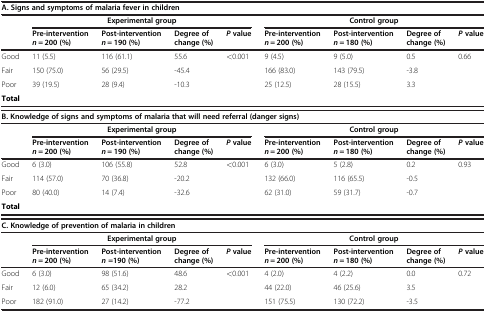
<table><thead><tr><td colspan="9"><b>A. Signs and symptoms of malaria fever in children</b></td></tr><tr><td rowspan="2"><b> </b></td><td colspan="4"><b>Experimental group</b></td><td colspan="4"><b>Control group</b></td></tr><tr><td><b>Pre-intervention<i>n</i> = 200 (%)</b></td><td><b>Post-intervention<i>n</i> = 190 (%)</b></td><td><b>Degree of change (%)</b></td><td><b><i>P</i>value</b></td><td><b>Pre-intervention<i>n</i> = 200 (%)</b></td><td><b>Post-intervention<i>n</i> = 180 (%)</b></td><td><b>Degree of change (%)</b></td><td><b><i>P</i>value</b></td></tr></thead><tbody><tr><td>Good</td><td>11 (5.5)</td><td>116 (61.1)</td><td>55.6</td><td>&lt;0.001</td><td>9 (4.5)</td><td>9 (5.0)</td><td>0.5</td><td>0.66</td></tr><tr><td>Fair</td><td>150 (75.0)</td><td>56 (29.5)</td><td>-45.4</td><td> </td><td>166 (83.0)</td><td>143 (79.5)</td><td>-3.8</td><td> </td></tr><tr><td>Poor</td><td>39 (19.5)</td><td>28 (9.4)</td><td>-10.3</td><td> </td><td>25 (12.5)</td><td>28 (15.5)</td><td>3.3</td><td> </td></tr><tr><td colspan="7"><b>Total</b></td><td> </td><td> </td></tr><tr><td colspan="9"><b>B. Knowledge of signs and symptoms of malaria that will need referral (danger signs)</b></td></tr><tr><td rowspan="2"> </td><td colspan="4"><b>Experimental group</b></td><td colspan="4"><b>Control group</b></td></tr><tr><td><b>Pre-intervention</b><b><i>n</i></b> <b>= 200 (%)</b></td><td><b>Post-intervention</b><b><i>n</i></b> <b>= 190 (%)</b></td><td><b>Degree of change (%)</b></td><td><b><i>P</i></b><b>value</b></td><td><b>Pre-intervention</b><b><i>n</i></b> <b>= 200 (%)</b></td><td><b>Post-intervention</b><b><i>n</i></b> <b>= 180 (%)</b></td><td><b>Degree of change (%)</b></td><td><b><i>P</i></b><b>value</b></td></tr><tr><td>Good</td><td>6 (3.0)</td><td>106 (55.8)</td><td>52.8</td><td>&lt;0.001</td><td>6 (3.0)</td><td>5 (2.8)</td><td>0.2</td><td>0.93</td></tr><tr><td>Fair</td><td>114 (57.0)</td><td>70 (36.8)</td><td>-20.2</td><td> </td><td>132 (66.0)</td><td>116 (65.5)</td><td>-0.5</td><td> </td></tr><tr><td>Poor</td><td>80 (40.0)</td><td>14 (7.4)</td><td>-32.6</td><td> </td><td>62 (31.0)</td><td>59 (31.7)</td><td>-0.7</td><td> </td></tr><tr><td colspan="7"><b>Total</b></td><td> </td><td> </td></tr><tr><td colspan="9"><b>C. Knowledge of prevention of malaria in children</b></td></tr><tr><td rowspan="2"> </td><td colspan="4"><b>Experimental group</b></td><td colspan="4"><b>Control group</b></td></tr><tr><td><b>Pre-intervention</b><b><i>n</i></b> <b>= 200 (%)</b></td><td><b>Post-intervention</b><b><i>n</i></b><b>=190 (%)</b></td><td><b>Degree of change (%)</b></td><td><b><i>P</i></b><b>value</b></td><td><b>Pre-intervention</b><b><i>n</i></b> <b>= 200 (%)</b></td><td><b>Post-intervention</b><b><i>n</i></b> <b>= 180 (%)</b></td><td><b>Degree of change (%)</b></td><td><b><i>P</i></b><b>value</b></td></tr><tr><td>Good</td><td>6 (3.0)</td><td>98 (51.6)</td><td>48.6</td><td>&lt;0.001</td><td>4 (2.0)</td><td>4 (2.2)</td><td>0.0</td><td>0.72</td></tr><tr><td>Fair</td><td>12 (6.0)</td><td>65 (34.2)</td><td>28.2</td><td> </td><td>44 (22.0)</td><td>46 (25.6)</td><td>3.5</td><td> </td></tr><tr><td>Poor</td><td>182 (91.0)</td><td>27 (14.2)</td><td>-77.2</td><td> </td><td>151 (75.5)</td><td>130 (72.2)</td><td>-3.5</td><td> </td></tr></tbody></table>